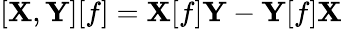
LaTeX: [\mathbf{X},\mathbf{Y}][f]=\mathbf{X}[f]\mathbf{Y}-\mathbf{Y}[f]\mathbf{X}